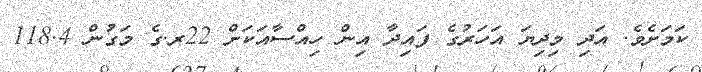
ކަމަށެވެ. އަދި މިދިޔަ އަހަރުގެ ފައިދާ އިން ހިއްސާއަކަށް 22ރ.ގެ މަގުން 118.4